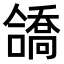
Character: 𫣹